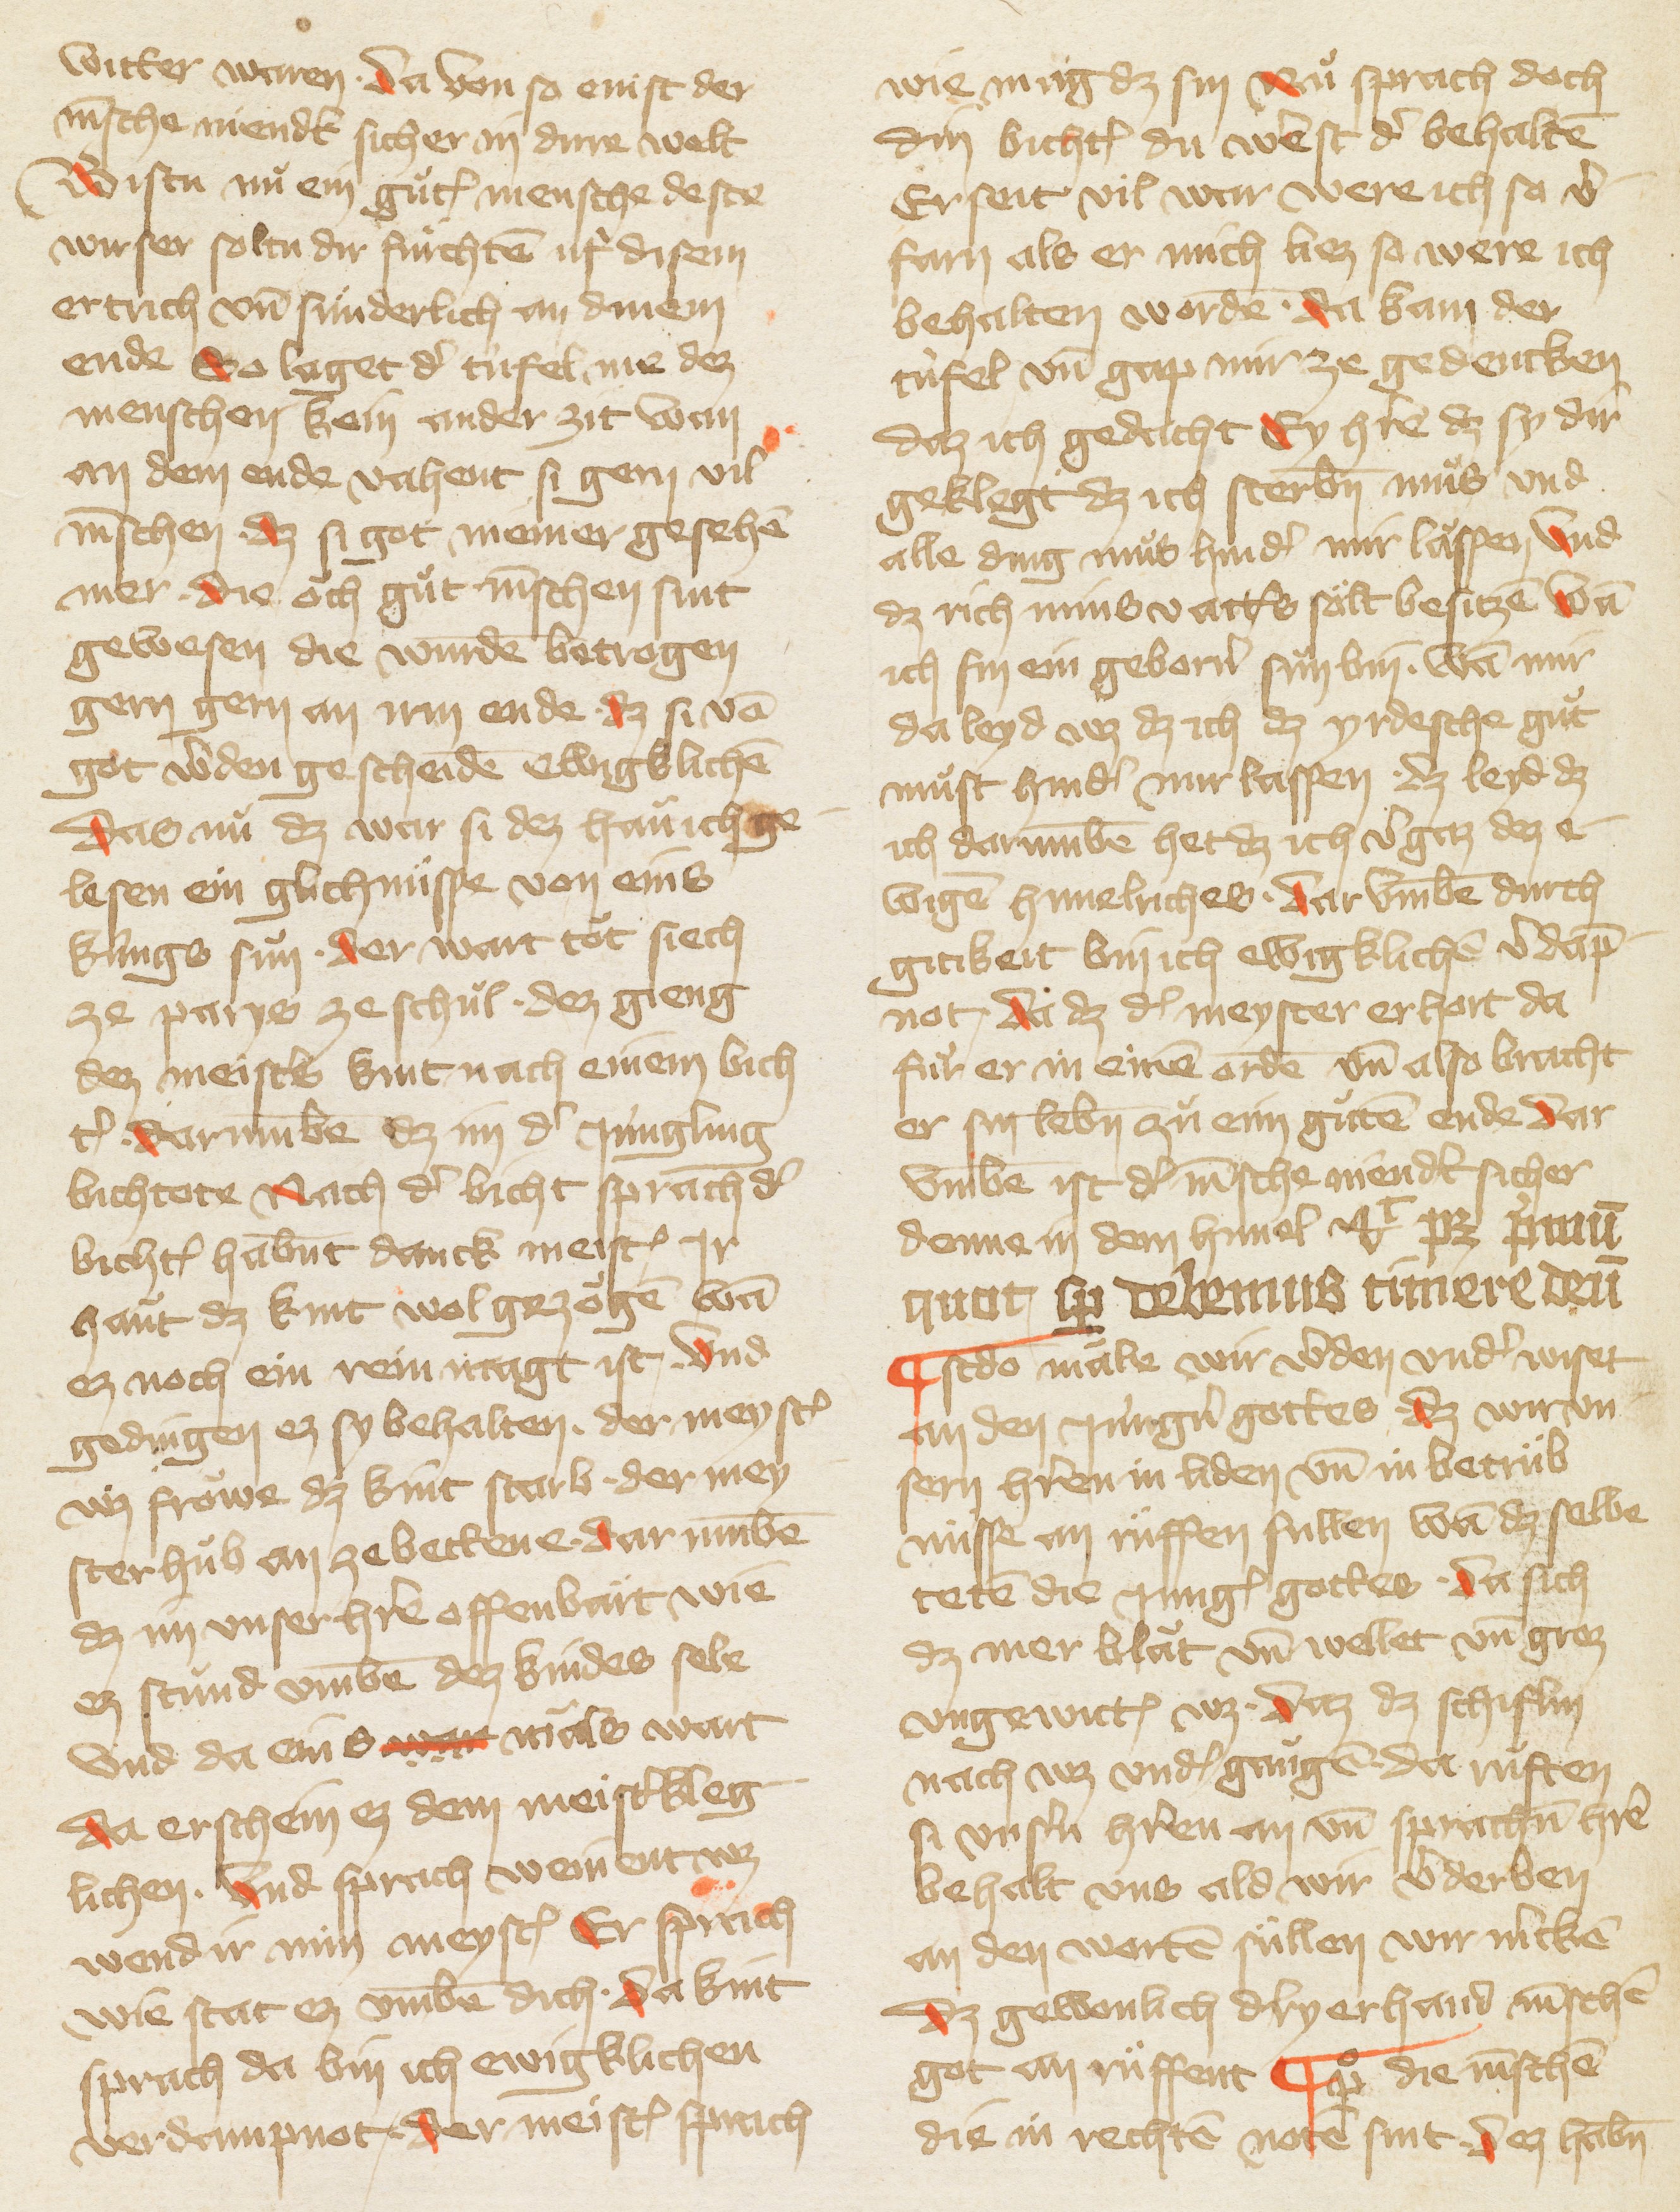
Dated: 1385–1415